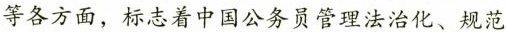
等各方面，标志着中国公务员管理法治化、规范